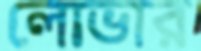
লোভার